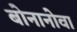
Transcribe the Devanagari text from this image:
बोनानोवा